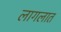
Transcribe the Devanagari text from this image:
लागलात